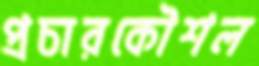
প্রচারকৌশল